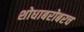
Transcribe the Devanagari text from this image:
शोधाबरोबरच